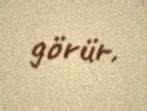
görür.